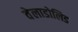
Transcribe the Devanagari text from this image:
वेलाडोलिड